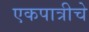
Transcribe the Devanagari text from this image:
एकपात्रीचे